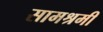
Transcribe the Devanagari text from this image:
सामश्रमी